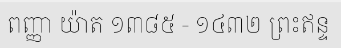
ពញ្ញា យ៉ាត ១៣៨៥ - ១៤៣២ ព្រះឥន្ទ